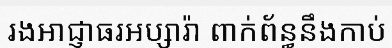
រងអាជ្ញាធរអប្សារ៉ា ពាក់ព័ន្ធនឹងកាប់